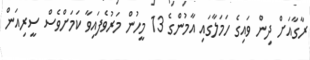
ރާގާއަށް ދިން ވައިގެ ހަމަލާގައި އާމުންގެ 13 މީހުން މަރުވެފައިވާ ކަމަށްވެސް ސީރިއަން